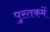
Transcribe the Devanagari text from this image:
पुस्‍तकमें